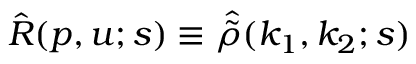
\hat { R } ( p , u ; s ) \equiv \hat { \tilde { \rho } } ( k _ { 1 } , k _ { 2 } ; s )